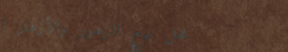
محل بيع الزهور والأزهار ا